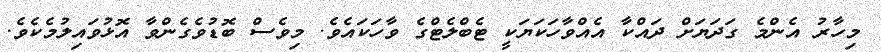
މިހާރު އެންމެ ގަދަޔަށް ދައްކާ އެއްވާހަކަޔަކީ ޓެބްލެޓްގެ ވާހަކައެވެ. މިވެސް ބޮޑުވެގެންވާ އޮޅުވައިލުމެކެވެ.